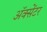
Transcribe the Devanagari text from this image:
ॲक्सेंटर